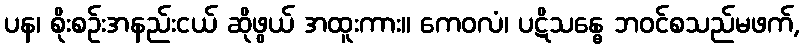
ပန၊ စိုးစဉ်းအနည်းငယ် ဆိုဖွယ် အထူးကား။ ကေဝလံ၊ ပဋိသန္ဓေ ဘဝင်စသည်မဖက်,